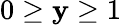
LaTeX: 0\ge\mathbf{y}\ge1